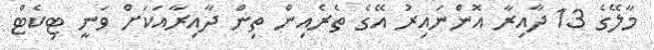
މާލޭގެ 13 ދާއިރާ އޮންނައިރު އޭގެ ތެރެއިން ތިން ދާއިރާއަކަށް ވަނީ ޓިކެޓް